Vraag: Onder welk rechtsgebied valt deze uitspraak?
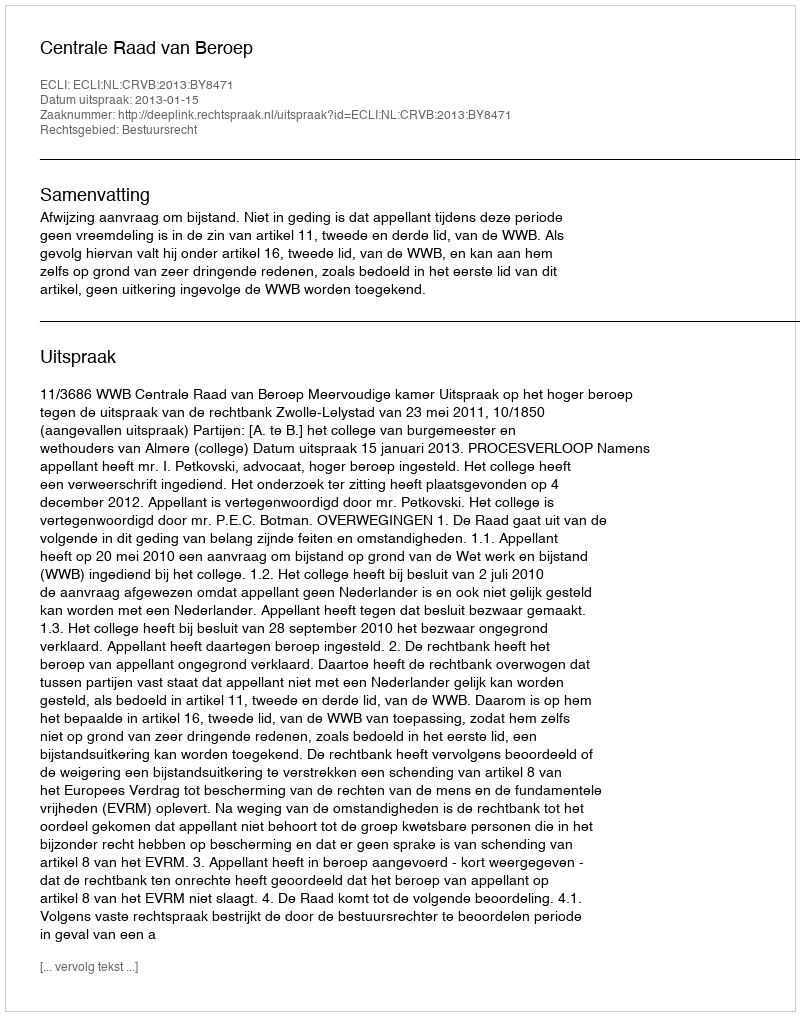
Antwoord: Bestuursrecht